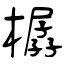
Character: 樼